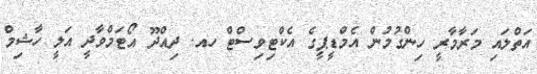
އަތްލައި މަރާމާރީ ހިންގުމުން އެމްޑީޕީގެ އެކްޓިވިސްޓް ހއ. ދިއްދޫ އޯޓަމްވާދީ އަލީ ހާޝިމް